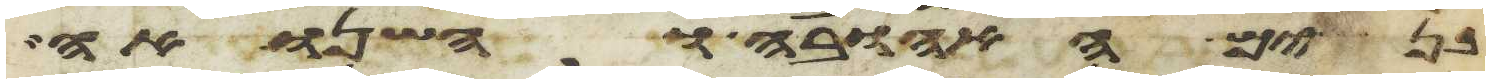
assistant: בנים האהובה והשנואה